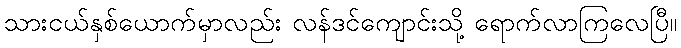
သားငယ်နှစ်ယောက်မှာလည်း လန်ဒင်ကျောင်းသို့ ရောက်လာကြလေပြီ။